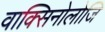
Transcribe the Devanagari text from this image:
वाक्सिनोलोजि